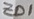
Text: ZD1